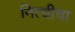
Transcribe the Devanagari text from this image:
नित्चीचा